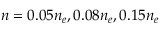
n = 0 . 0 5 n _ { e } , 0 . 0 8 n _ { e } , 0 . 1 5 n _ { e }